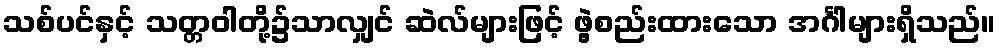
သစ်ပင်နှင့် သတ္တဝါတို့၌သာလျှင် ဆဲလ်များဖြင့် ဖွဲ့စည်းထားသော အင်္ဂါများရှိသည်။